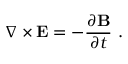
\nabla \times \mathbf { E } = - { \frac { \partial \mathbf { B } } { \partial t } } \ .